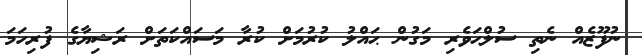
ނުފޫޒެއް ނެތި ސުލްޙަވެރި މަގުން ޙައްލު ކުރުމަށް ކުރާ މަސައްކަތަށް ރަޝިޔާގެ ފުރިހަމަ